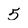
Character: 5